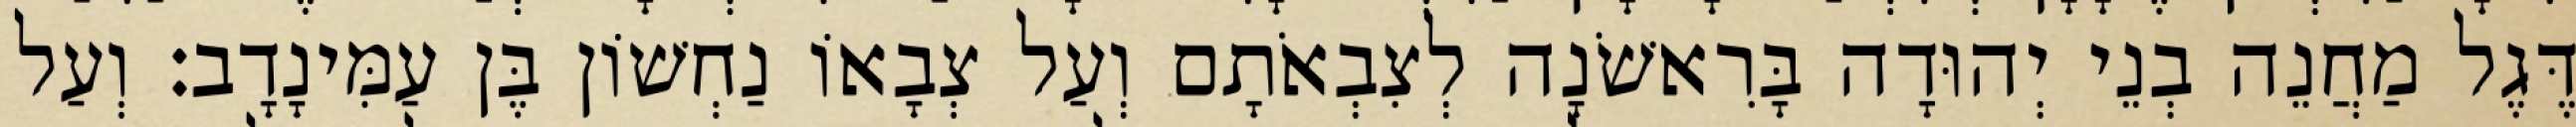
דֶּגֶל מַחֲנֵה בְנֵי יְהוּדָה בָּרִאשֹׁנָה לְצִבְאֹתָם וְעַל צְבָאוֹ נַחְשׁוֹן בֶּן עַמִּינָדָב׃ וְעַל